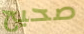
صحيح